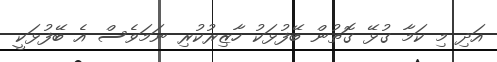
އަދި މި ކަމާ ގުޅޭ ގޮތުން ބޭފުޅަކު ހާޒިރުކުރި ނަމަވެސް އެ ބޭފުޅަކީ